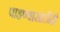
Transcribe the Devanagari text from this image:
पाहण्यासाठीही